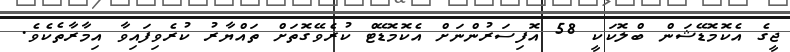
ޖީގެ އެކޮމޮޑޭޝަން ބްލޮކަކީ 58 އޮފިސަރުންނަށް އެކޮމޮޑޭޓް ކުރެވޭގޮތަށް ތައްޔާރު ކުރެވިފައިވާ އިމާރާތެކެވެ.